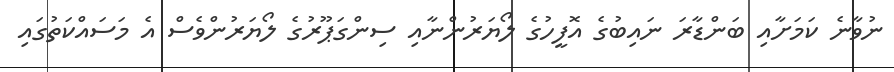
ނުވާނެ ކަމަށާއި ބަންޑާރަ ނައިބުގެ އޮފީހުގެ ލޯޔަރުންނާއި ސިންގަޕޫރުގެ ލޯޔަރުންވެސް އެ މަސައްކަތުގައި